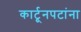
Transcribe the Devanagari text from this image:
कार्टूनपटांना